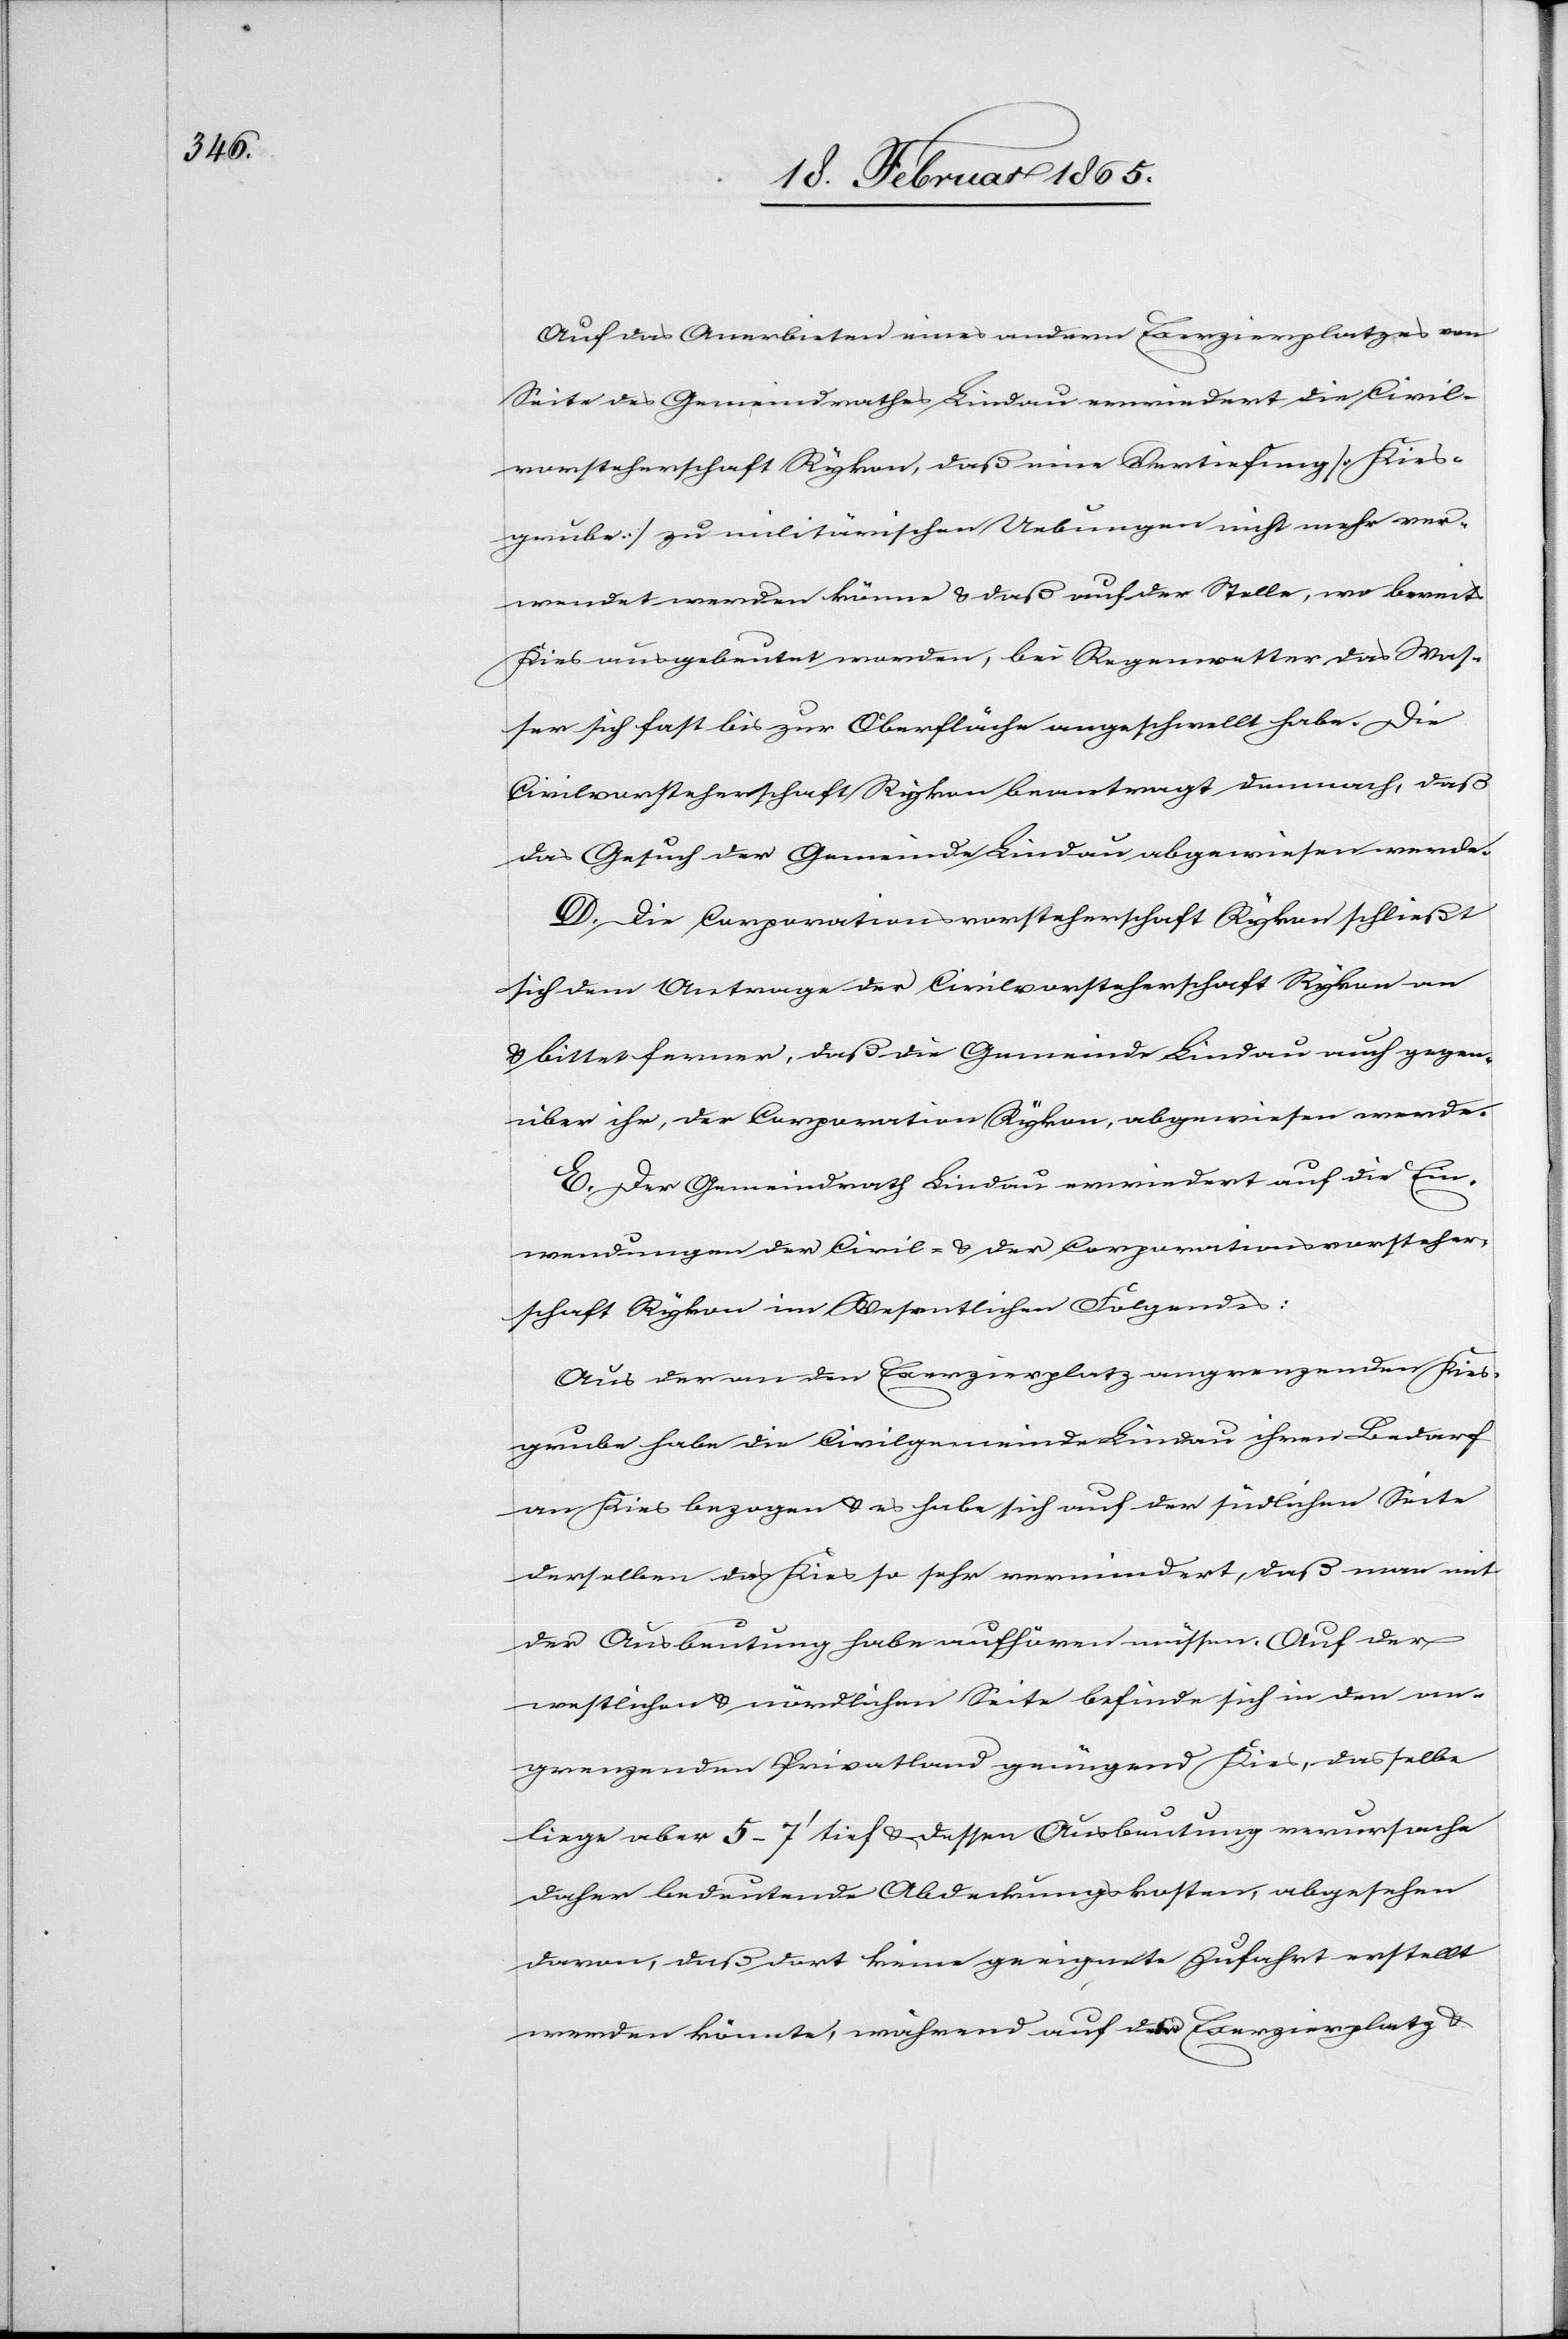
Auf das Anerbieten eines andern Exerzierplatzes von
Seite des Gemeindrathes Lindau erwiedert die Civil¬
vorsteherschaft Rykon, daß eine Vertiefung [Kies¬
grube] zu militärischen Uebungen nicht mehr ver¬
wendet werden könne u. daß auf der Stelle, wo bereits
Kies ausgebeutet worden, bei Regenwetter das Was¬
ser sich fast bis zur Oberfläche angeschwellt habe. Die
Civilvorsteherschaft Rykon beantragt demnach, daß
das Gesuch der Gemeinde Lindau abgewiesen werde.
D. Die Corporationsvorsteherschaft Rykon schließt
sich dem Antrage der Civilvorsteherschaft Rykon an
u. bittet ferner, daß die Gemeinde Lindau auch gegen¬
über ihr, der Corporation Rykon, abgewiesen werde.
E. Der Gemeindrath Lindau erwiedert auf die Ein¬
wendungen der Civil- u. der Corporationsvorsteher¬
schaft Rykon im Wesentlichen Folgendes:
Aus der an den Exerzierplatz angrenzenden Kies¬
grube habe die Civilgemeinde Lindau ihren Bedarf
an Kies bezogen u. es habe sich auf der südlichen Seite
derselben das Kies so sehr vermindert, daß man mit
der Ausbeutung habe aufhören müssen. Auf der
westlichen u. nördlichen Seite befinde sich in den
angrenzenden Privatland genügend Kies, dasselbe
liege aber 5–7’ tief u. dessen Ausbeutung verursache
daher bedeutende Abdeckungskosten, abgesehen
davon, daß dort keine geeignete Zufahrt erstellt
werden könnte, während auf dem Exerzierplatz u.